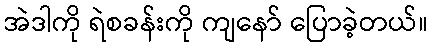
အဲဒါကို ရဲစခန်းကို ကျနော် ပြောခဲ့တယ်။